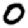
Digit: 0